Trukikaitis_Postimees, lk 91
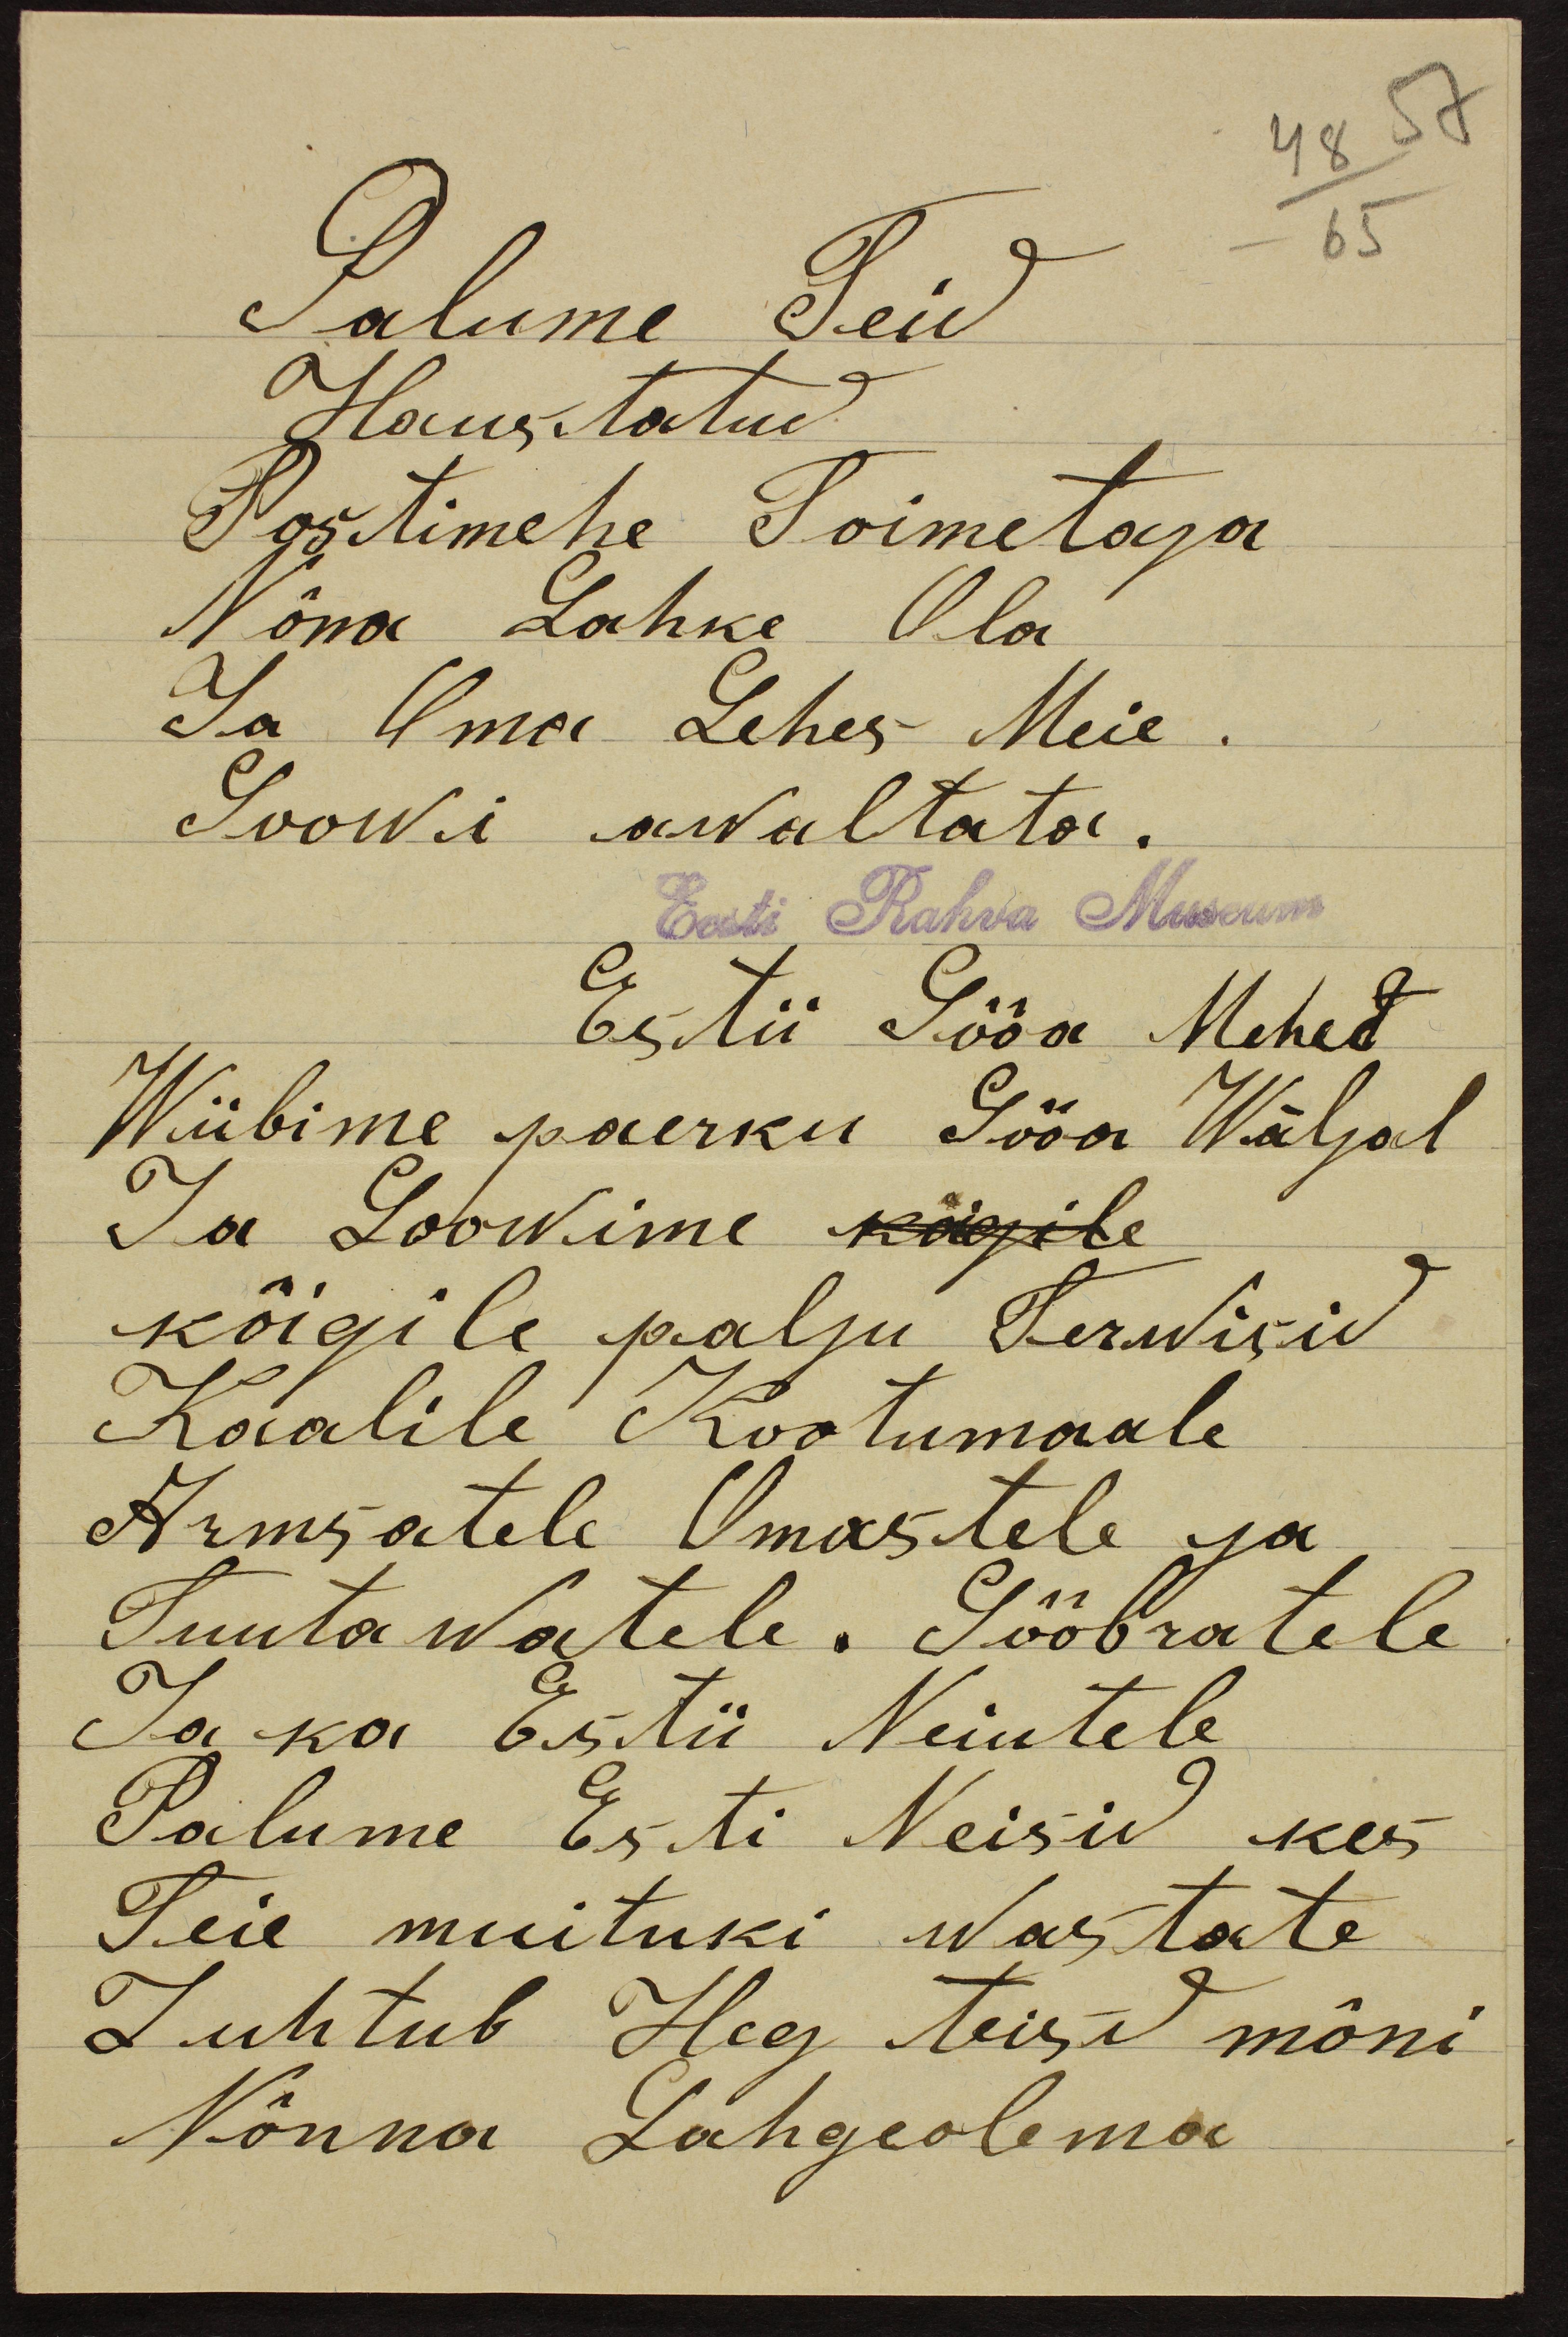
Palume Teid
Haustatud
Postimehe Toimetaja
Nõna Lahke Ola
Ja Oma Lehes Meie.
Soowi awaltata.
Eesti Rahva Museum
Estii Sööa Mehed
Wiibime paerku Sööa Wäljal
Ja soowime kõigile
kõigile palju Terwisid
Kaalile Kootumaale
Armsatele Omastele ja
Tuuta watele. Sööbratele
Ja ka Estii Neiutele
Palume Esti Neisid kes
Teie muituki wastate
Juhtub Hea teisd mõni
Nõnna Lahgeolema